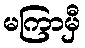
မကြာမှီ